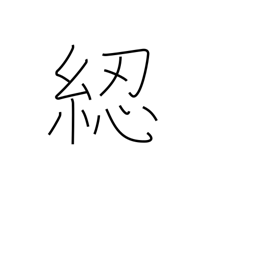
Meaning: reel